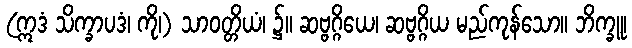
(ဣဒံ သိက္ခာပဒံ၊ ကို၊) သာဝတ္တိယံ၊ ၌။ ဆဗ္ဗဂ္ဂိယေ၊ ဆဗ္ဗဂ္ဂိယ မည်ကုန်သော။ ဘိက္ခူ၊